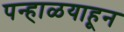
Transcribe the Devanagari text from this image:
पन्हाळयाहून